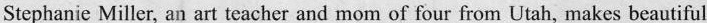
Stephanie Miller, an art teacher and mom of four from Utah, makes beautiful